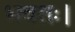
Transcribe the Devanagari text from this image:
भवतः।